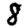
Digit: 8